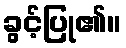
ခွင့်ပြု၏။